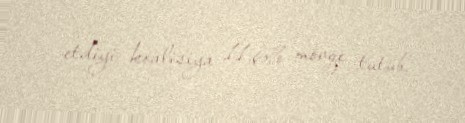
etdiyi koalisiya 11,6% mövqe tutub.